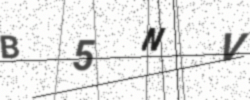
Text: B5NV